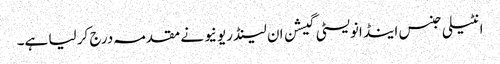
انٹیلی جنس اینڈ انویسٹی گیشن ان لینڈ ریونیو نے مقدمہ درج کر لیا ہے۔